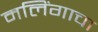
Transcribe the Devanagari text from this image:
मलिंगाचा